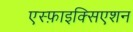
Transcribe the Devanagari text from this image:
एस्फ़ाइक्सिएशन